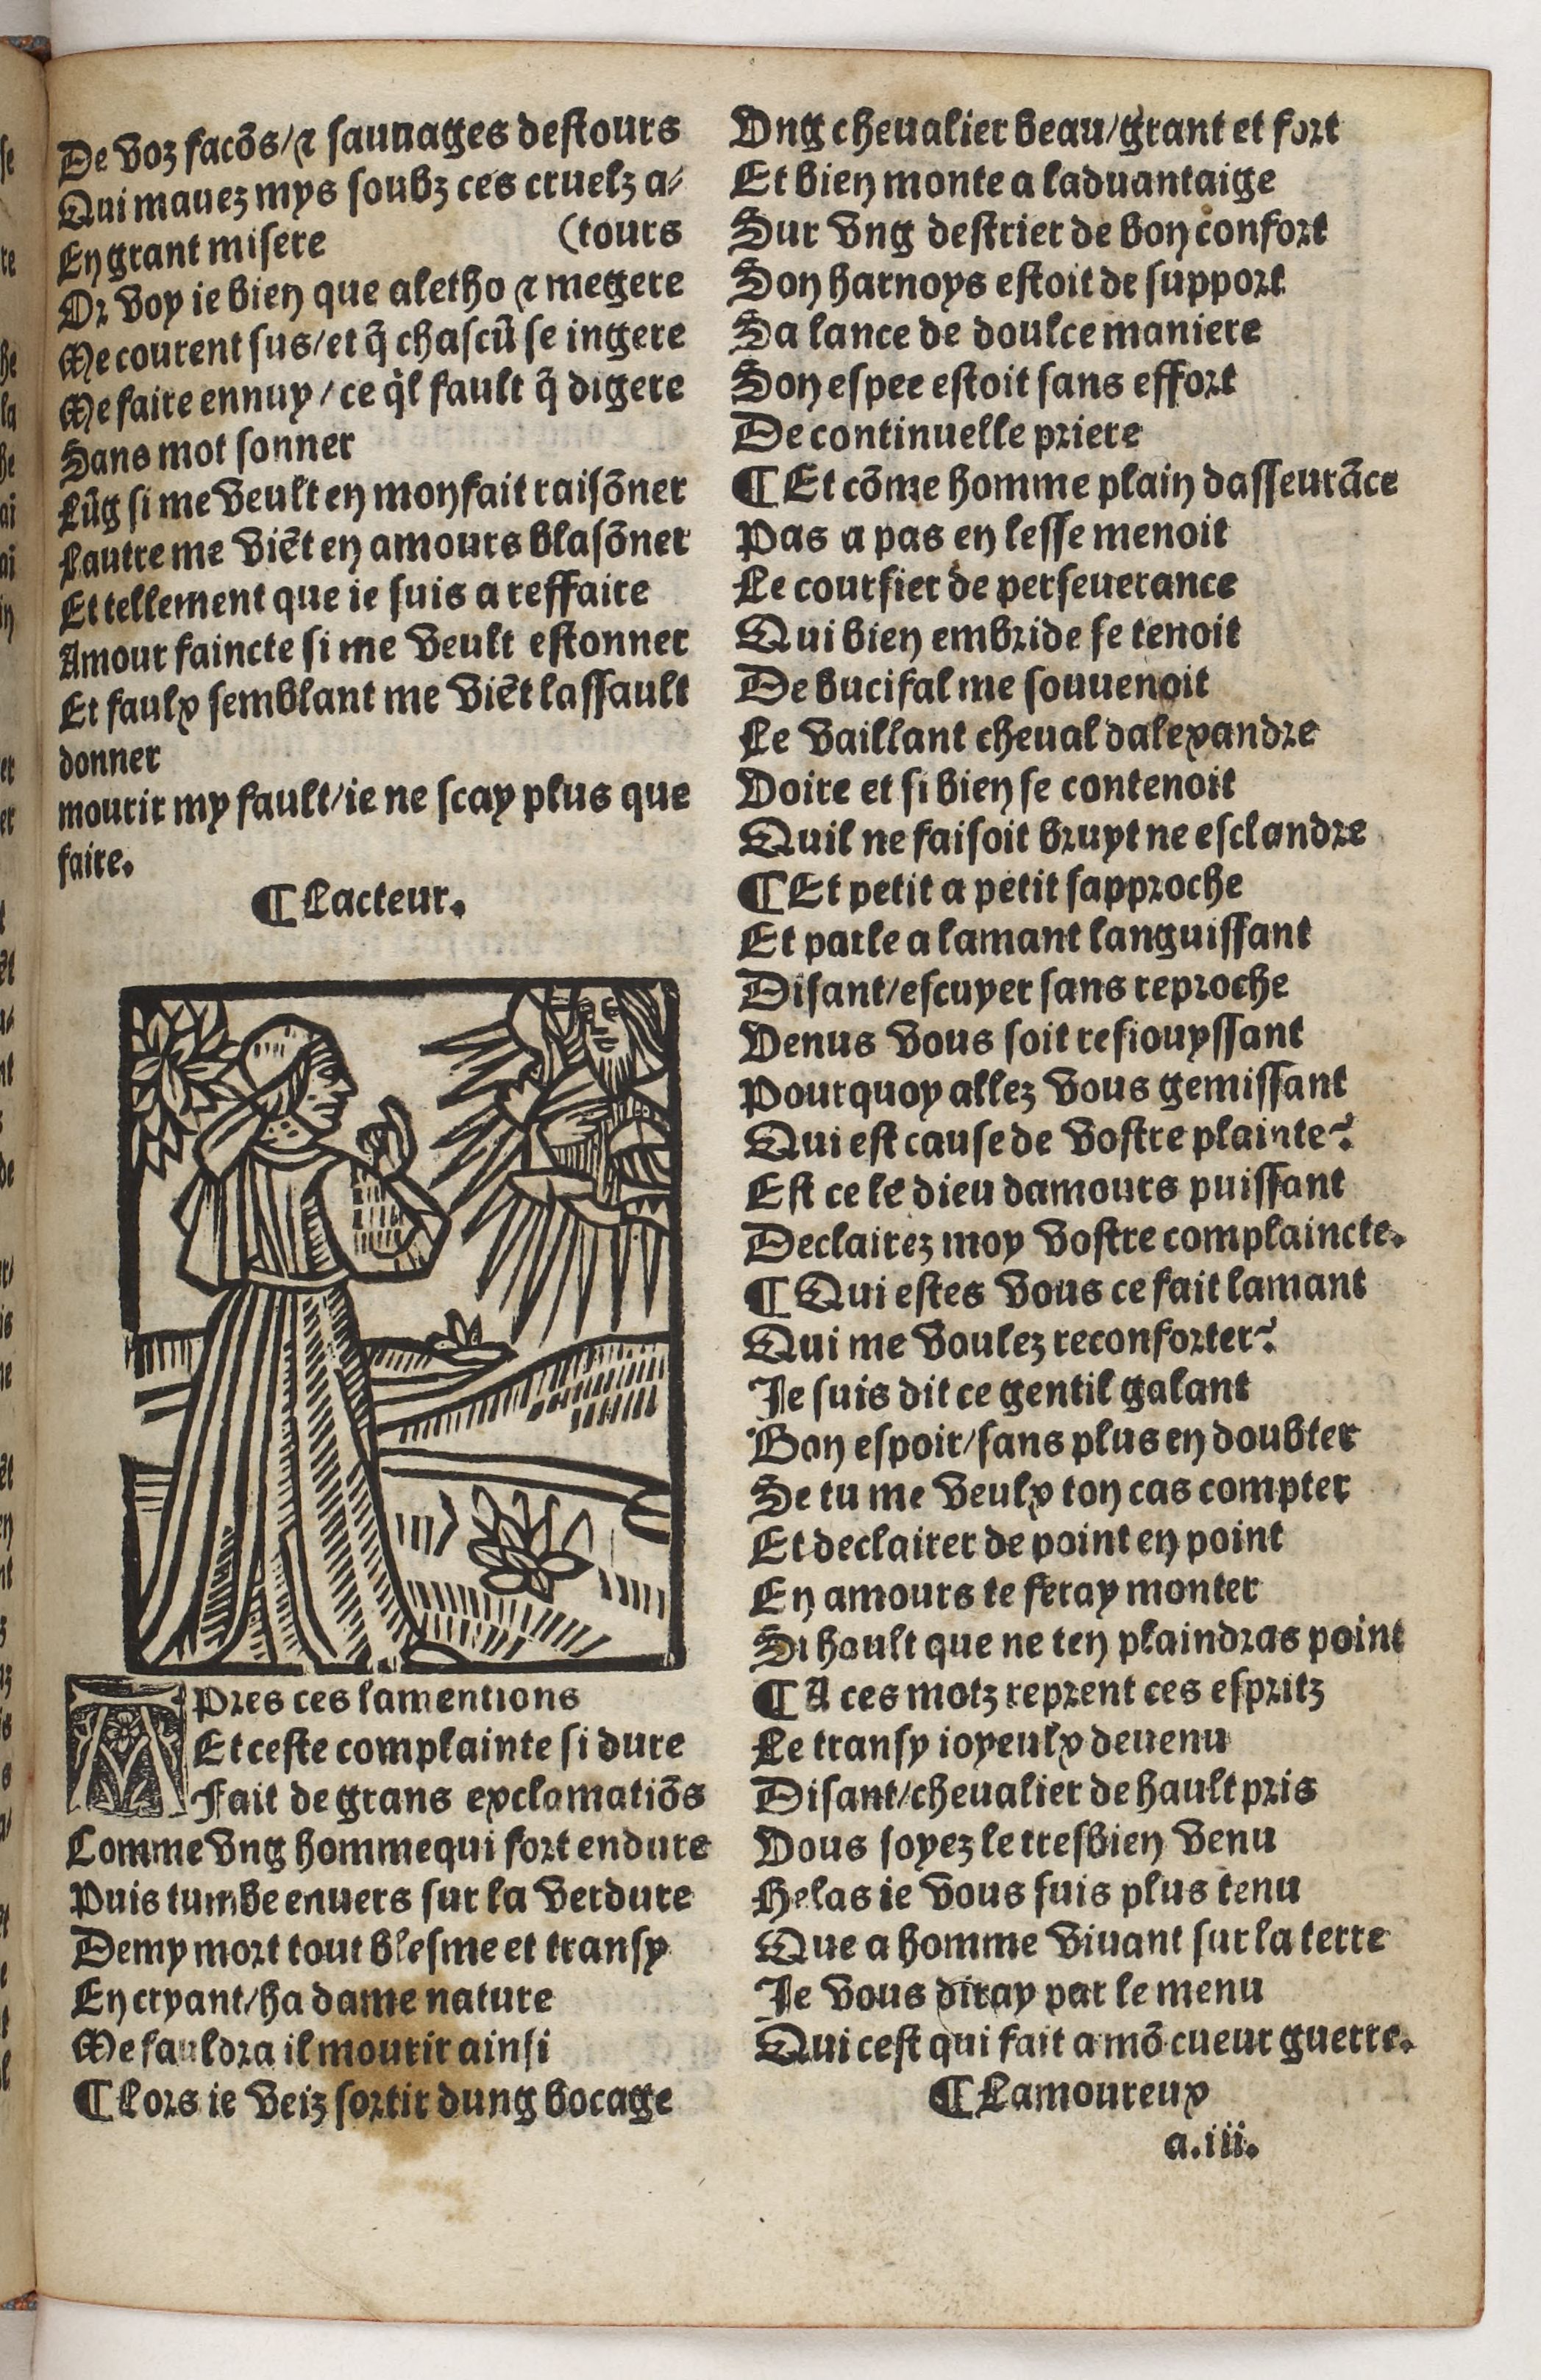
Shelfmark: Paris, BnF, Rés. Y2-930
Century: 15